Civil Veterinary Dept. Bombay admin report 1932-41 - 1932-1941
Year: 1932
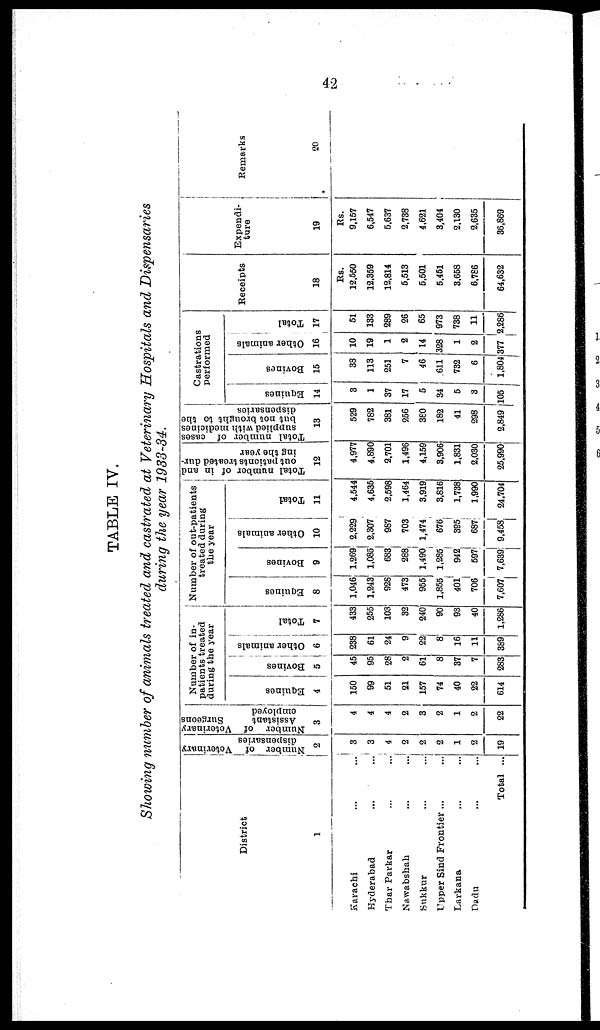
42
TABLE IV.
Showing number of animals treated and castrated at Veterinary Hospitals and Dispensaries
during the year 1933-34.
District
1
Karachi ... ...
Hyderabad ... ...
Thar Parkar ... ...
Nawabshah ... ...
Sukkur ... ...
Upper Sind Frontier ...
Larkana ... ...
Dadu ... ...
Total ...
Number of Veterinary
dispensaries
2
3
3
4
2
2
2
1
2
19
Number of Veterinary
Assistant
Surgeons
employed
3
4
4
4
2
3
2
1
2
22
Number of in-
patients treated
during the year
Equines
4
150
99
51
21
157
74
40
22
614
Bovines
5
45
95
28
2
61
8
37
7
283
Other animals
6
238
61
24
9
22
8
16
11
369
Total
7
433
255
103
32
240
90
93
40
1,286
Number of out-patients
treated during
the year
Equines
8
1,046
1,243
926
473
955
1,855
401
706
7,607
Bovines
9
1,269
1,085
683
288
1,490
1,285
942
597
7,639
Other animals
10
2,229
2,307
987
703
1,474
676
395
687
9,458
Total
11
4,544
4,635
2,598
1,464
3,919
3,816
1,738
1,990
24,704
Total number of in and
out patients treated dur-
ing the year
12
4,977
4,890
2,701
1,496
4,159
3,906
1,831
2,030
25,990
Total number of cases
supplied with medicines
but not brought to the
dispensaries
13
529
782
381
256
380
182
41
298
2,849
Castrations
performed
Equines
14
3
1
37
17
5
34
5
3
105
Bovines
15
33
113
251
7
46
611
732
6
1,804
Other animals
16
10
19
1
2
14
328
1
2
377
Total
17
51
133
289
26
65
973
738
11
2,286
Receipts
18
Rs.
12,550
12,359
12,814
5,513
5,501
5,451
3,658
6,786
64,632
Expendi-
ture
19
Rs.
9,157
6,547
5,637
2,738
4,621
3,404
2,130
2,635
36,869
Remarks
20